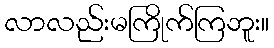
လာလည်းမကြိုက်ကြဘူး။